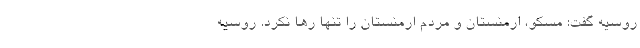
روسیه گفت: مسکو، ارمنستان و مردم ارمنستان را تنها رها نکرد. روسیه